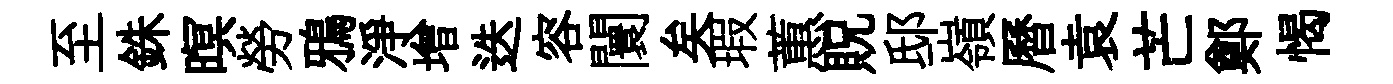
至銖暝勞鴉淨增迭容闤矣瑕蕙貺邸嶺曆袁芒鄭愒